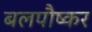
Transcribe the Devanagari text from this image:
बलपौष्कर